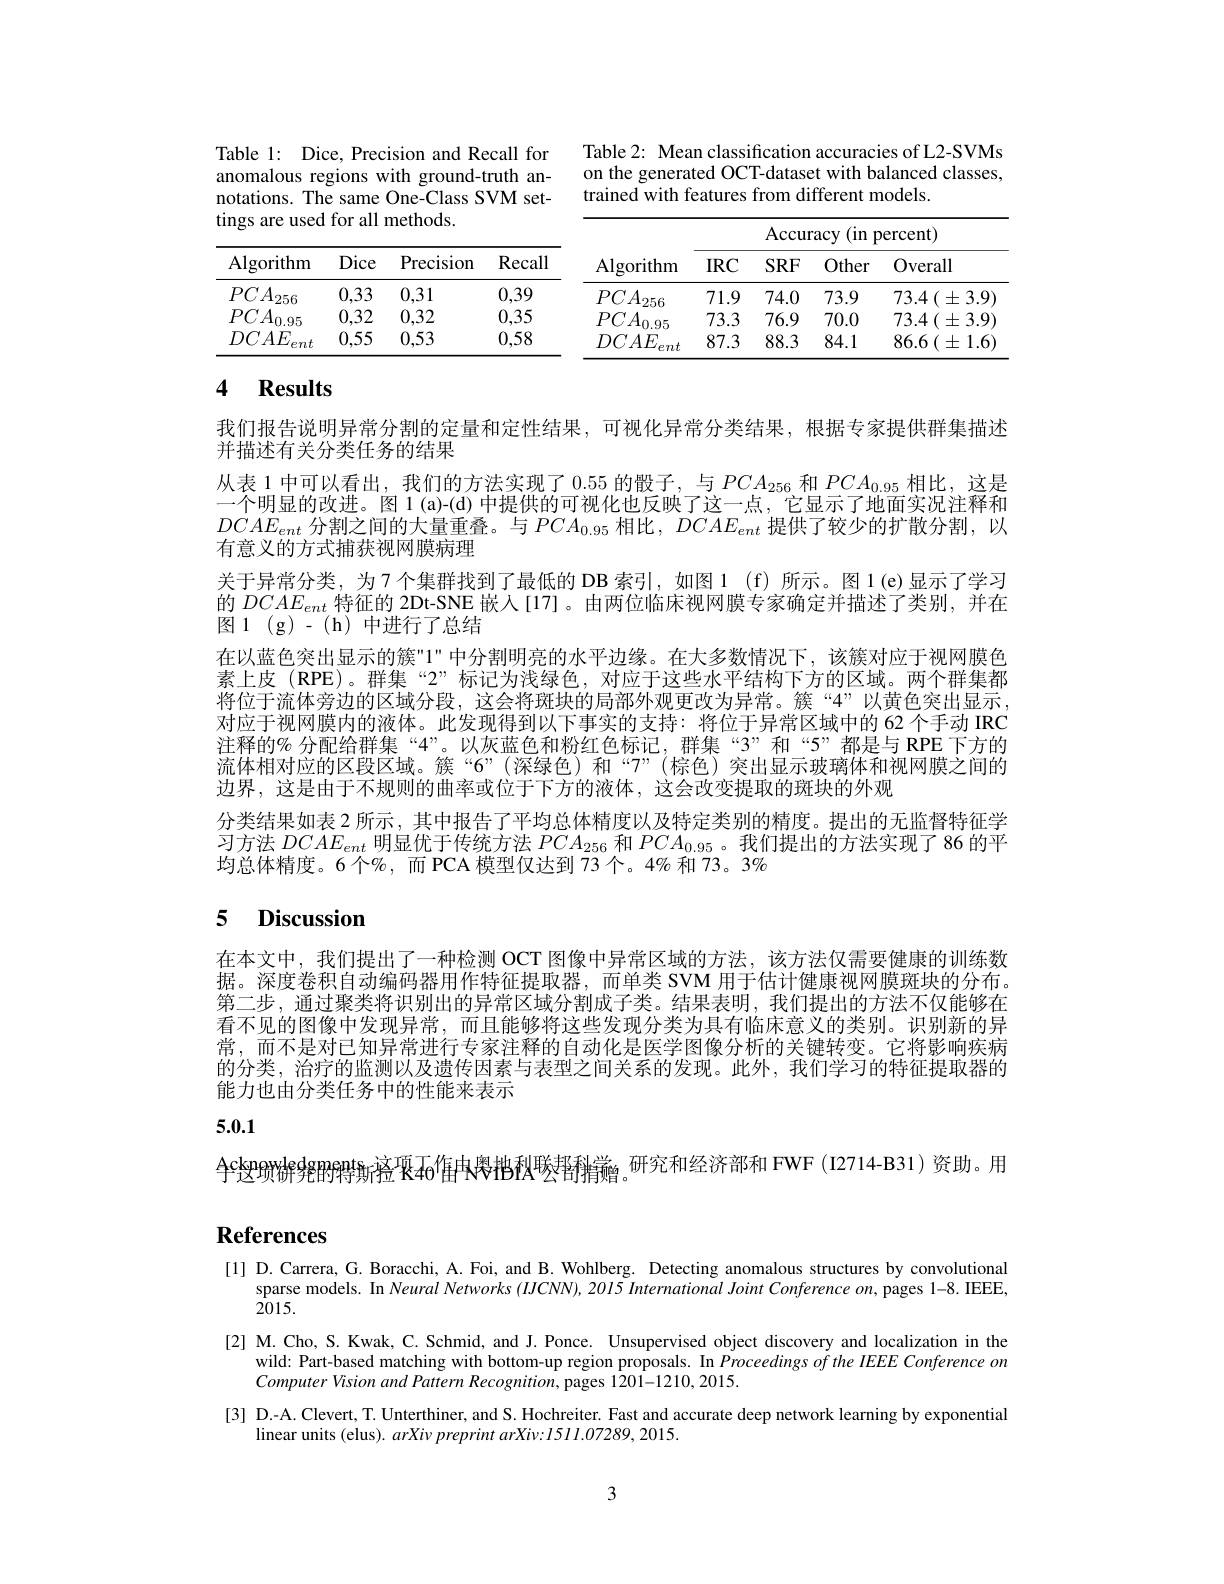
Table 1: Dice, Precision and Recall for

Table 2: Mean classification accuracies of L2-SVMs on the generated OCT-dataset with balanced classes, trained with features from different models

anomalous regions with ground-truth an-

notations. The same One-Class SVM set-

tings are used for all methods.

<table>
	<tbody>
		<tr>
			<th rowspan="2">Algorithm</th>
			<th colspan="4">$\operatorname{Accuracy}($ (in percent)</th>
		</tr>
		<tr>
			<th>$IRC$</th>
			<th>$SRF$</th>
			<th>Other</th>
			<th>Overall</th>
		</tr>
		<tr>
			<td>$PCA_{256}$</td>
			<td>71.9</td>
			<td>74.0</td>
			<td>73.9</td>
			<td>73.4 $( \pm 3. 9)$</td>
		</tr>
		<tr>
			<td>$PCA_{0.95}$</td>
			<td>73.3</td>
			<td>76.9</td>
			<td>70.0</td>
			<td>$73.4\left(\pm3.9\right)$</td>
		</tr>
		<tr>
			<td>$DCAE$ ent</td>
			<td>87.3</td>
			<td>88.3</td>
			<td>84.1</td>
			<td>$86.6\left(\pm1.6\right)$</td>
		</tr>
	</tbody>
</table>

<table>
	<tbody>
		<tr>
			<th>Algorithm</th>
			<th>Dice</th>
			<th>Precision</th>
			<th>Recall</th>
		</tr>
		<tr>
			<td>$PCA$ 256</td>
			<td>0,33</td>
			<td>0,31</td>
			<td>0,39</td>
		</tr>
		<tr>
			<td>$PCA_{0.95}$</td>
			<td>0,32</td>
			<td>0,32</td>
			<td>0,35</td>
		</tr>
		<tr>
			<td>$DCAE$ ent</td>
			<td>0,55</td>
			<td>0,53</td>
			<td>0,58</td>
		</tr>
	</tbody>
</table>

## 4 $\textbf{Results}$

我们报告说明异常分割的定量和定性结果，可视化异常分类结果，根据专家提供群集描述
并描述有关分类任务的结果
从表 1 中可以看出，我们的方法实现了0.55的骰子，与$PCA_{256}$和$PCA_{0.95}$相比，这是一个明显的改进。图 1 (a)-(d) 中提供的可视化也反映了这一点，它显示了地面实况注释和$DCAE_{ent}$分割之间的大量重叠。与$PCA_{0.95}$相比，$DCAE_{ent}$提供了较少的扩散分割，以有意义的方式捕获视网膜病理
关于异常分类，为7个集群找到了最低的 DB 索引，如图 1 (f) 所示。图 1(e)显示了学习的$DCAE_{ent}$特征的 2Dt-SNE 嵌人[17]。由两位临床视网膜专家确定并描述了类别，并在图 1 (g) - (h) 中进行了总结
在以蓝色突出显示的簇"1" 中分割明亮的水平边缘。在大多数情况下，该簇对应于视网膜色素上皮 (RPE)。群集“2” 标记为浅绿色，对应于这些水平结构下方的区域。两个群集都将位于流体旁边的区域分段，这会将斑块的局部外观更改为异常。簇“4”以黄色突出显示， 对应于视网膜内的液体。此发现得到以下事实的支持：将位于异常区域中的 62 个手动 IRC 注释的% 分配给群集“4”。以灰蓝色和粉红色标记，群集“3”和“5”都是与 RPE 下方的流体相对应的区段区域。簇“6”(深绿色)和“7”(棕色)突出显示玻璃体和视网膜之间的边界，这是由于不规则的曲率或位于下方的液体，这会改变提取的斑块的外观
分类结果如表 2 所示，其中报告了平均总体精度以及特定类别的精度。提出的无监督特征学习方法$DCAE_{ent}$明显优于传统方法$PCA_{256}$和$PCA_{0.95}$。我们提出的方法实现了 86 的平均总体精度。6 个%, 而 PCA 模型仅达到 73 个。4% 和 73。3%

# 5 Discussion

在本文中，我们提出了一种检测 OCT 图像中异常区域的方法，该方法仅需要健康的训练数据。深度卷积自动编码器用作特征提取器，而单类 SVM 用于估计健康视网膜斑块的分布。第二步，通过聚类将识别出的异常区域分割成子类。结果表明，我们提出的方法不仅能够在看不见的图像中发现异常，而且能够将这些发现分类为具有临床意义的类别。识别新的异常，而不是对已知异常进行专家注释的自动化是医学图像分析的关键转变。它将影响疾病的分类，治疗的监测以及遗传因素与表型之间关系的发现。此外，我们学习的特征提取器的能力也由分类任务中的性能来表示

# 5.0.1

Ackn唢饼発跗骍魣疥痉呕46$^{\text{4cknowhedgmert新痉哌40}}$笛中嶴抱秋噖鸹矟黉。研究和经济部和 FWF(I2714-B31)资助。用

# References

[1] D. Carrera, G. Boracchi, A. Foi, and B. Wohlberg. Detecting anomalous structures by convolutional
sparse models. In Neural Networks (IICNN), 20I5 International Joint Conference on, pages 1-8. IEEE,
2015.
[2] M.Cho, S. Kwak, C. Schmid, and J. Ponce. Unsupervised object discovery and localization in the
wild: Part-based matching with bottom-up region proposals. In Proceedings of the IEEE Conference on
$Computer\textit{Vision and Pattern Recognition,  pages 1201- 1210,  2015. }$
[3] D.-A. Clevert, T. Unterthiner, and S. Hochreiter. Fast and accurate deep network learning by exponential
linear units (elus). arXiv preprint arXiv: 1511.07289, 2015.

3